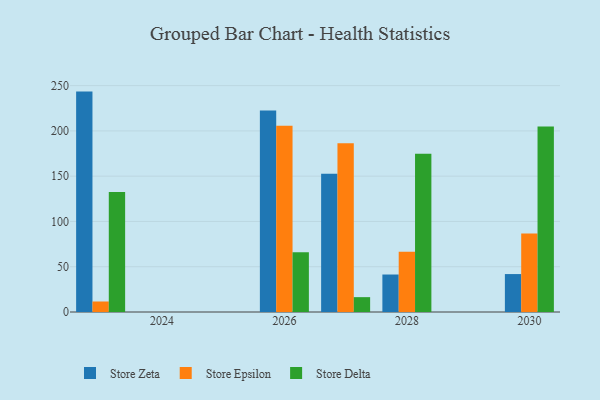
{"axis": {"x": "Year", "y": "Budget (USD K)"}, "legend": ["Store Delta", "Store Epsilon", "Store Zeta"], "data": [{"x": "2030", "y": 41.9, "type": "Store Zeta"}, {"x": "2030", "y": 86.8, "type": "Store Epsilon"}, {"x": "2030", "y": 204.9, "type": "Store Delta"}, {"x": "2028", "y": 41.4, "type": "Store Zeta"}, {"x": "2028", "y": 66.4, "type": "Store Epsilon"}, {"x": "2028", "y": 174.8, "type": "Store Delta"}, {"x": "2026", "y": 222.4, "type": "Store Zeta"}, {"x": "2026", "y": 205.8, "type": "Store Epsilon"}, {"x": "2026", "y": 65.9, "type": "Store Delta"}, {"x": "2023", "y": 243.4, "type": "Store Zeta"}, {"x": "2023", "y": 11.6, "type": "Store Epsilon"}, {"x": "2023", "y": 132.5, "type": "Store Delta"}, {"x": "2027", "y": 152.6, "type": "Store Zeta"}, {"x": "2027", "y": 186.4, "type": "Store Epsilon"}, {"x": "2027", "y": 16.4, "type": "Store Delta"}]}